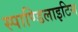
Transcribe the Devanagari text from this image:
स्पाण्डिलाइटिस